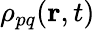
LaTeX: \rho_{pq}\! \left(\textbf{r},t\right)